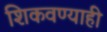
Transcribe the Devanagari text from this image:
शिकवण्याही